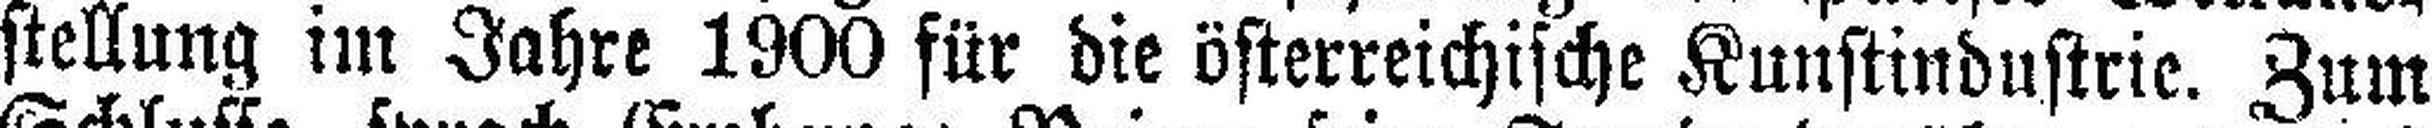
stellung im Jahre 1900 für die österreichische Kunstindustrie. Zum